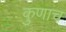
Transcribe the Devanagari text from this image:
कुणाच